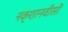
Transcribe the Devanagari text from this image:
नक्शानवीसों